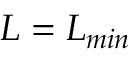
L = L _ { m i n }